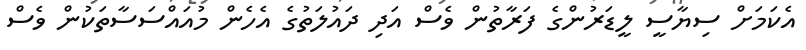
އެކަމަށް ސިޔާސީ ލީޑަރުންގެ ފަރާތުން ވެސް އަދި ދައުލަތުގެ އެހެން މުއައްސަސާތަކުން ވެސް